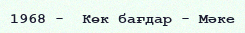
1968 -  Көк бағдар - Мәке